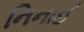
નિનાઈ